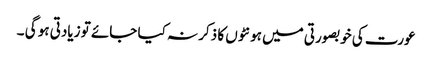
عورت کی خوبصورتی میں ہونٹوں کا ذکر نہ کیا جائے تو زیادتی ہو گی ۔